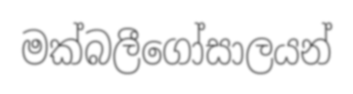
මක්බලීගෝසාලයන්